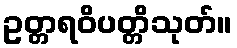
ဥတ္တရဝိပတ္တိသုတ်။